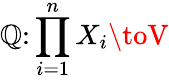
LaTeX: \mathbb{Q}\colon\prod_{i=1}^{n}X_{i}\toV